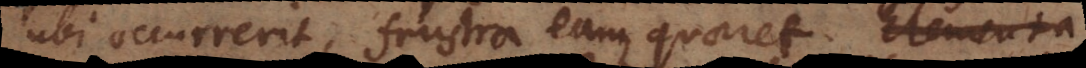
ubi occurrerit, frustra eam quaeret. Elementa